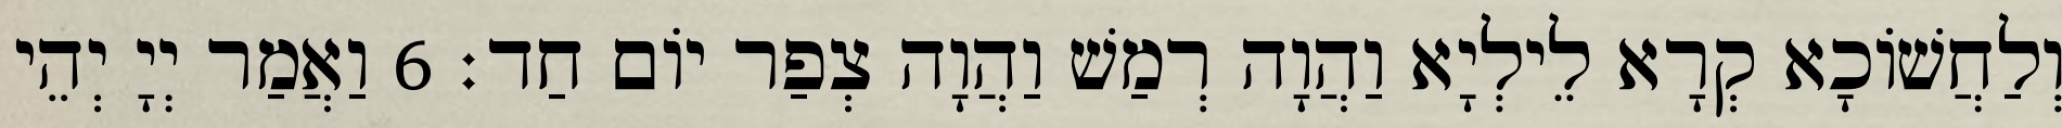
וְלַחֲשׁוֹכָא קְרָא לֵילְיָא וַהֲוָה רְמַשׁ וַהֲוָה צְפַר יוֹם חַד׃ 6 וַאֲמַר יְיָ יְהֵי